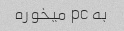
به pc میخوره